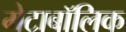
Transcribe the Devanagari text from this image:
मेटाबॉलिक